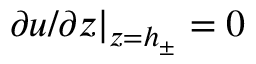
\partial u / \partial z | _ { z = h _ { \pm } } = 0